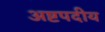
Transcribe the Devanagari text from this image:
अष्टपदीय